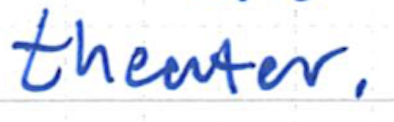
Text: theater.
Cross-out: clean
Writing tool: ballpoint